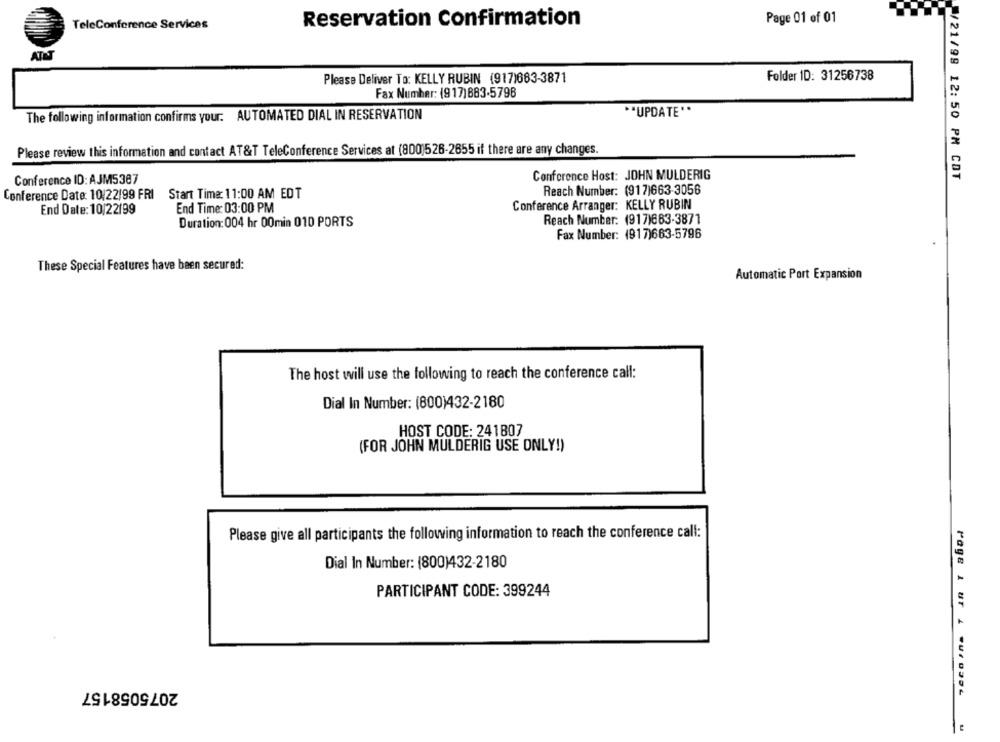
Reservation confirmation
Page 01 of 01
TeleConference Services
ATET
Please Deliver To: KELLY RUBIN (917)683-3871
Folder ID: 31256738
Fax Number: (917)883-5798
The following information confirms your: AUTOMATED DIAL IN RESERVATION
** UPDATE **
Please review this information and contact AT&T TeleConference Services at (800)526-2655 if there are any changes.
Conference ID: AJM5387
Conference Host: JOHN MULDERIG
/21/98 12: 50 PM COT
Reach Number: (917)663-3056
Conference Date: 10/22/99 FRI Start Time: 11:00 AM EDT
End Time: 03:00 PM
Conference Arranger: KELLY RUBIN
End Date: 10/22/99
Duration: 004 hr 00min 010 PORTS
Reach Number: (917)663-3871
Fax Number: (917)663-5796
These Special Features have been secured:
Automatic Port Expansion
The host will use the following to reach the conference call:
Dial In Number: (800)432-2180
HOST CODE: 241807
(FOR JOHN MULDERIG USE ONLY!)
Please give all participants the following information to reach the conference call:
Dial In Number: (800)432-2180
PARTICIPANT CODE: 399244
2075058157